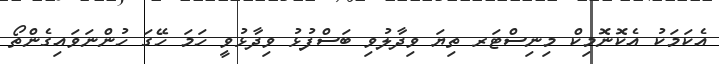
އެކަމަކު އެކޮނޮމިކް މިނިސްޓަރ ތިޔަ ވިދާލުވި ބަސްފުޅު ވިދާޅުވީ ހަމަ ހޭގަ ހުންނަވައިގެންތޯ